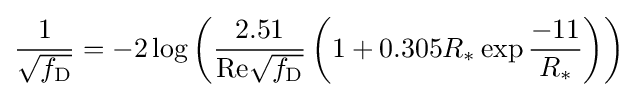
{\frac {1}{\sqrt {f_{\mathrm {D} }}}}=-2\log \left({\frac {2.51}{\mathrm {Re} {\sqrt {f_{\mathrm {D} }}}}}\left(1+0.305R_{*}\exp {\frac {-11}{R_{*}}}\right)\right)